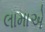
લામાએ